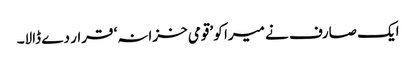
ایک صارف نے میرا کو ’قومی خزانہ‘ قرار دے ڈالا۔